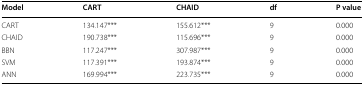
<table><thead><tr><td><b>Model</b></td><td><b>CART</b></td><td><b>CHAID</b></td><td><b>df</b></td><td><b>P value</b></td></tr></thead><tbody><tr><td>CART</td><td>134.147***</td><td>155.612***</td><td>9</td><td>0.000</td></tr><tr><td>CHAID</td><td>190.738***</td><td>115.696***</td><td>9</td><td>0.000</td></tr><tr><td>BBN</td><td>117.247***</td><td>307.987***</td><td>9</td><td>0.000</td></tr><tr><td>SVM</td><td>117.391***</td><td>193.874***</td><td>9</td><td>0.000</td></tr><tr><td>ANN</td><td>169.994***</td><td>223.735***</td><td>9</td><td>0.000</td></tr></tbody></table>